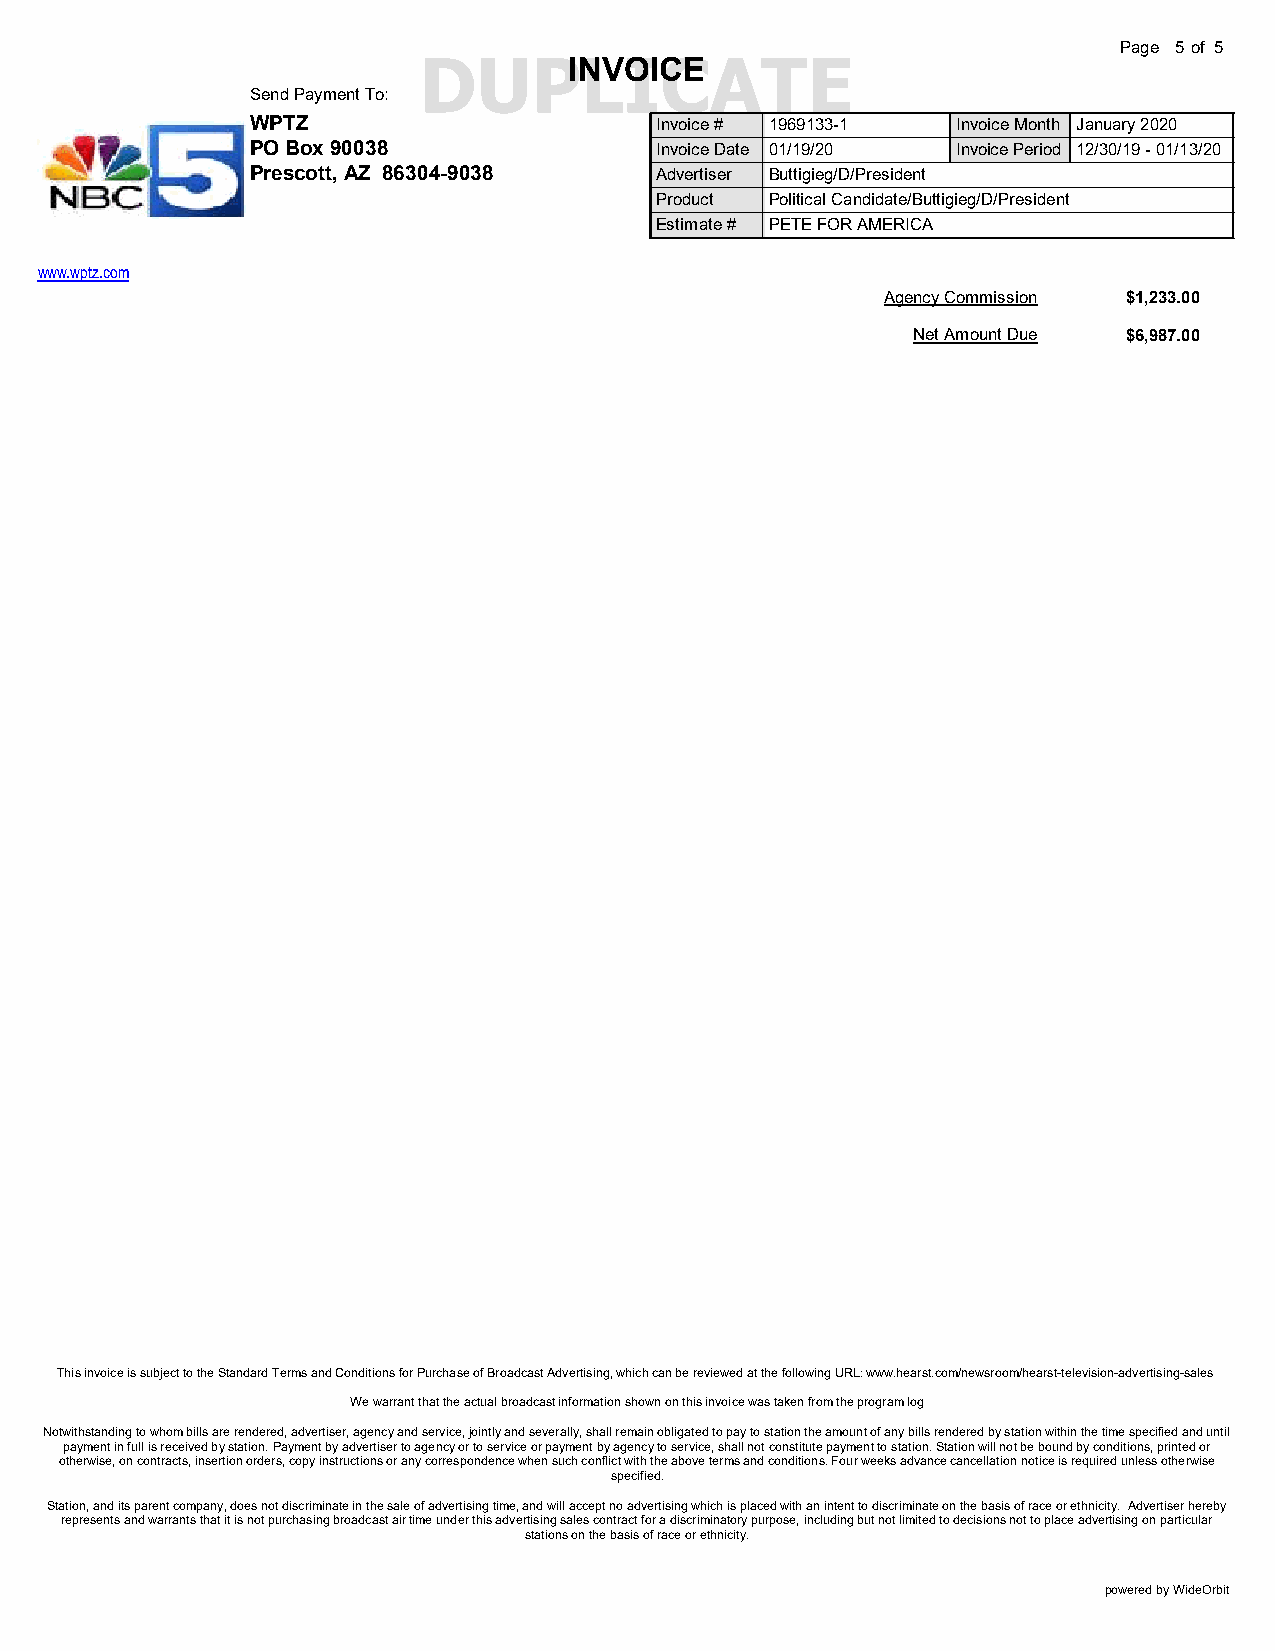
Page 5of 5
 DUPINLVIOICCEATE
 Send Payment To:
 WPTZ                      Invoice # 1969133-1 Invoice Month January 2020
 PO Box 90038              Invoice Date 01/19/20 Invoice Period 12/30/19 - 01/13/20
 Prescott, AZ 86304-9038   Advertiser Buttigieg/D/President
 Product Political Candidate/Buttigieg/D/President
 Estimate # PETE FOR AMERICA
 www.wptz.com
 Agency Commission $1,233.00
 Net Amount Due $6,987.00
 This invoice is subject to the Standard Terms and Conditions for Purchase of Broadcast Advertising, which can be reviewed at the following URL: www.hearst.com/newsroom/hearst-television-advertising-sales
 We warrant that the actual broadcast information shown on this invoice was taken from the program log
 Notwithstanding to whom bills are rendered, advertiser, agency and service, jointly and severally, shall remain obligated to pay to station the amount of any bills rendered by station within the time specified and until
 payment in full is received by station. Payment by advertiser to agency or to service or payment by agency to service, shall not constitute payment to station. Station will not be bound by conditions, printed or
 otherwise, on contracts, insertion orders, copy instructions or any correspondence when such conflict with the above terms and conditions. Four weeks advance cancellation notice is required unless otherwise
 specified.
 Station, and its parent company, does not discriminate in the sale of advertising time, and will accept no advertising which is placed with an intent to discriminate on the basis of race or ethnicity. Advertiser hereby
 represents and warrants that it is not purchasing broadcast air time under this advertising sales contract for a discriminatory purpose, including but not limited to decisions not to place advertising on particular
 stations on the basis of race or ethnicity.
 powered by WideOrbit